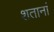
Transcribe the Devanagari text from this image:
शतानां